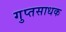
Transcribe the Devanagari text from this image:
गुप्तसाधक